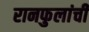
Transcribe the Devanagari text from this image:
रानफुलांची